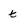
Character: t